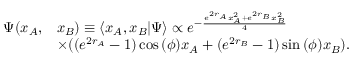
\begin{array} { r l } { \Psi ( x _ { A } , } & { x _ { B } ) \equiv \langle x _ { A } , x _ { B } \vert \Psi \rangle \propto e ^ { - \frac { e ^ { 2 r _ { A } } x _ { A } ^ { 2 } + e ^ { 2 r _ { B } } x _ { B } ^ { 2 } } { 4 } } } \\ & { \times ( ( e ^ { 2 r _ { A } } - 1 ) \cos { ( \phi ) } x _ { A } + ( e ^ { 2 r _ { B } } - 1 ) \sin { ( \phi ) } x _ { B } ) . } \end{array}